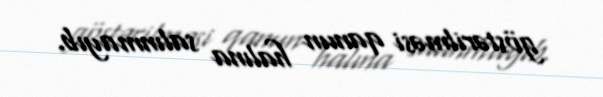
göstərilməsi qanun halına salınmayıb.